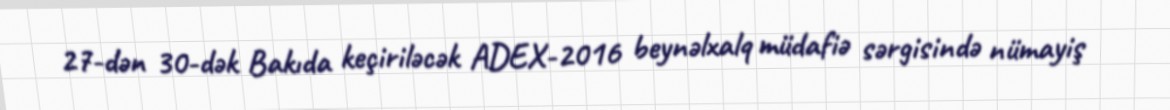
27-dən 30-dək Bakıda keçiriləcək ADEX-2016 beynəlxalq müdafiə sərgisində nümayiş